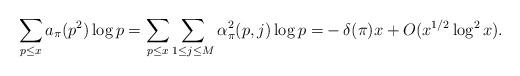
LaTeX: \begin{align*} \sum_{p \leq x}a_{\pi}(p^2)\log p =\sum_{p \leq x}\sum_{1 \leq j \leq M}\alpha^2_{\pi}(p, j)\log p =& -\delta(\pi)x+O(x^{1/2}\log^{2} x).\end{align*}